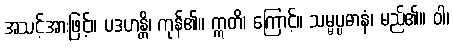
အသင့်အားဖြင့်။ ပဒဟန္တိ၊ ကုန်၏။ ဣတိ၊ ကြောင့်။ သမ္မပ္ပဓာနံ၊ မည်၏။ ဝါ၊